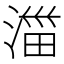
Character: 湽